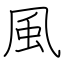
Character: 風